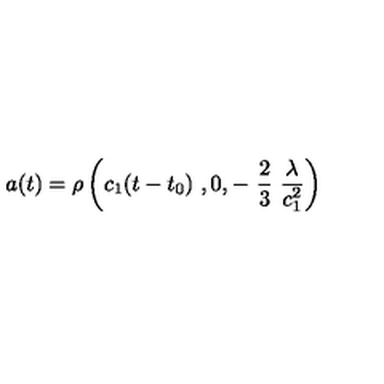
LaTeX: a ( t ) = \rho \left( c _ { 1 } ( t - t _ { 0 } ) \ , 0 , - \ \frac { 2 } { 3 } \ \frac { \lambda } { c _ { 1 } ^ { 2 } } \right)